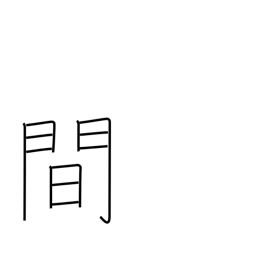
Meaning: space